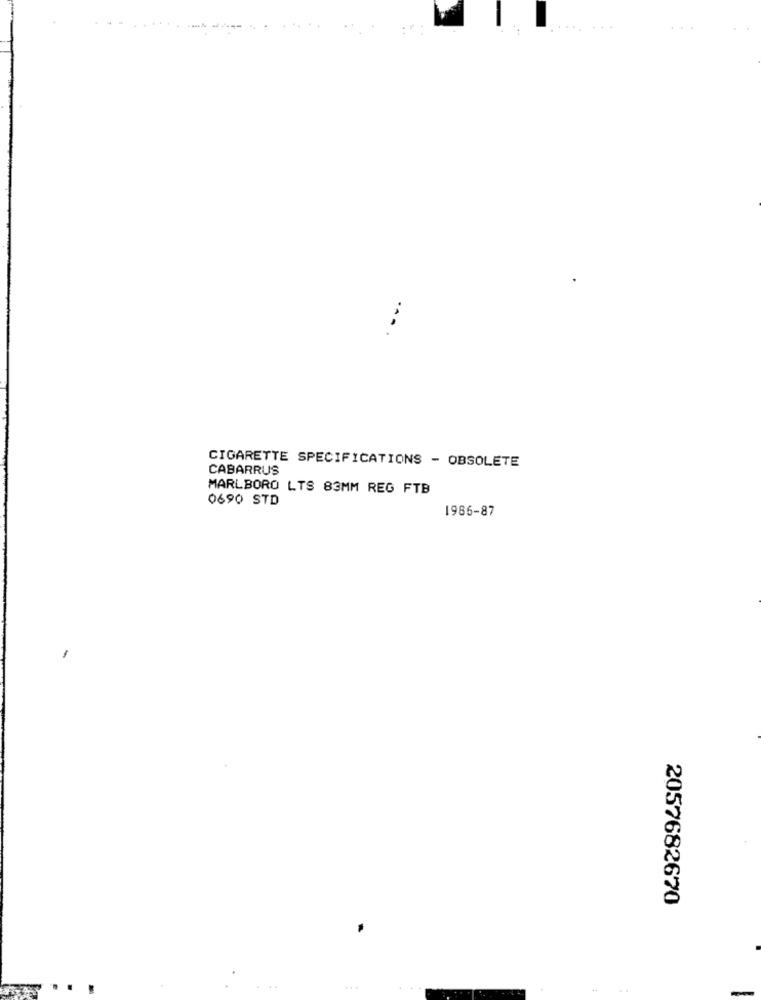
CIGARETTE SPECIFICATIONS - OBSOLETE
CABARRUS
MARLBORO LTS 83MM REG FTB
0690 STD
1986-87
2057682670